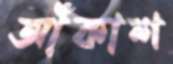
আঁকাশ